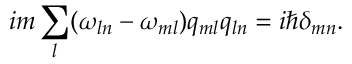
i m \sum _ { l } ( \omega _ { l n } - \omega _ { m l } ) q _ { m l } q _ { l n } = i \hbar \delta _ { m n } .